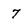
Character: 7